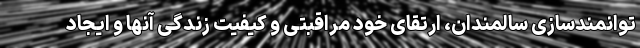
توانمندسازی سالمندان، ارتقای خود مراقبتی و کیفیت زندگی آنها و ایجاد